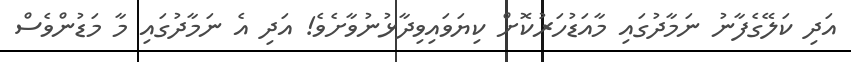
އަދި ކަލޭގެފާނު ނަމާދުގައި މާއަޑުހަރުކޮށް ކިޔަވައިވިދާޅުނުވާށެވެ! އަދި އެ ނަމާދުގައި މާ މަޑުންވެސް